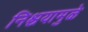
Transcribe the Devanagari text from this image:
निश्चयामुळे